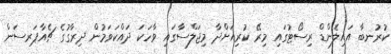
ކުރުނބާ އައިލެންޑް ރިސޯޓުގައި މިރޭ ކުރިއަށްދާ މިޖަލްސާގައި ވާހަކަ ދައްކަވަމުން ދިރާގުގެ ޗެއާޕަރސަން